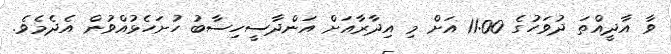
ވާ އާދީއްތަ ދުވަހުގެ 11:00 އަށް މި އިދާރާއަށް އަންދާސީހިސާބު ހުށަހެޅުއްވުން އެދެމެވެ.